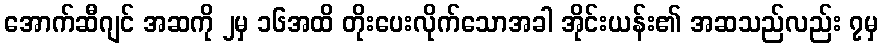
အောက်ဆီဂျင် အဆကို ၂မှ ၁၆အထိ တိုးပေးလိုက်သောအခါ အိုင်းယန်း၏ အဆသည်လည်း ၇မှ